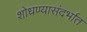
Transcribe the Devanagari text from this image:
शोधण्यासंदर्भात